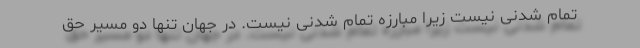
تمام شدنی نیست زیرا مبارزه تمام شدنی نیست. در جهان تنها دو مسیر حق